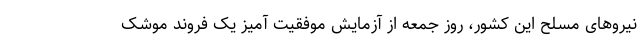
نیروهای مسلح این کشور، روز جمعه از آزمایش موفقیت آمیز یک فروند موشک